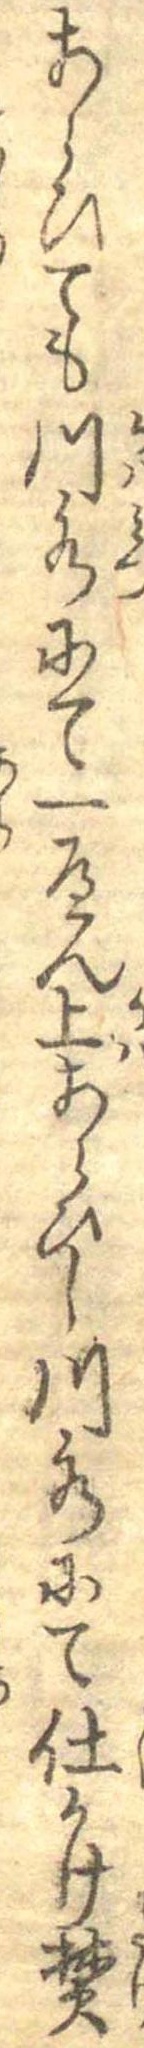
あらひても川水にて一へん上あらひし川水にて仕かけ焚